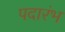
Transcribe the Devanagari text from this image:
पदारंभ